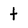
Character: t